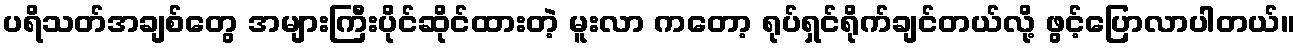
ပရိသတ်အချစ်တွေ အများကြီးပိုင်ဆိုင်ထားတဲ့ မူးလာ ကတော့ ရုပ်ရှင်ရိုက်ချင်တယ်လို့ ဖွင့်ပြောလာပါတယ်။